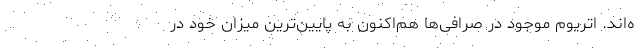
ه‌اند. اتریوم موجود در صرافی‌ها هم‌اکنون به پایین‌ترین میزان خود در